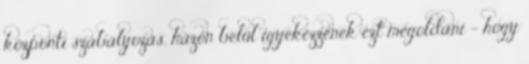
központi szabályozás, házon belül igyekezzenek ezt megoldani - hogy